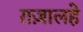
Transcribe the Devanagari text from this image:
ग़ज़ालहे